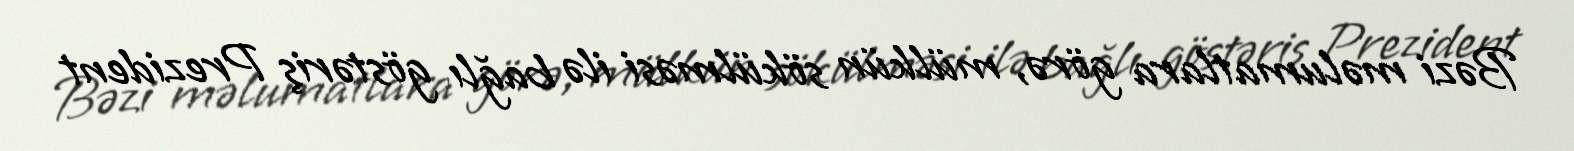
Bəzi məlumatlara görə, mülkün sökülməsi ilə bağlı göstəriş Prezident